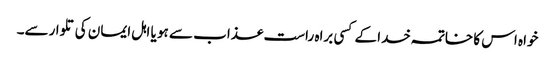
خواہ اس کا خاتمہ خدا کے کسی براہ راست عذاب سے ہو یا اہل ایمان کی تلوارسے۔